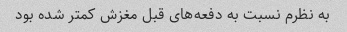
به نظرم نسبت به دفعه‌های قبل مغزش کمتر شده بود